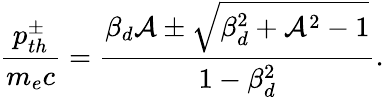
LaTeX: \frac{p_{th}^{\pm}}{m_{e}c}=\frac{\beta_{d}\mathcal{A}\pm\sqrt{\beta_{d}^{2}+\mathcal{A}^{2}-1}}{1-\beta_{d}^{2}}.